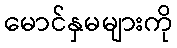
မောင်နှမများကို